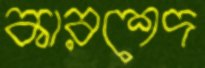
কারশেদ